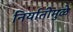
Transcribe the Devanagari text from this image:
निर्यातीमुळे